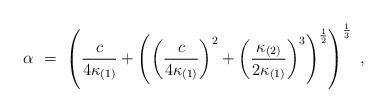
LaTeX: \begin{align*}\alpha\ =\ \left(\frac{c}{4\kappa_{(1)}}+\left(\left(\frac{c}{4\kappa_{(1)}}\right)^2+\left(\frac{\kappa_{(2)}}{2\kappa_{(1)}}\right)^3\right)^{\frac{1}{2}}\right)^{\frac{1}{3}}\ ,\end{align*}